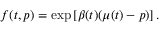
f ( t , p ) = \exp { \left[ \beta ( t ) ( \mu ( t ) - p ) \right] } \, .